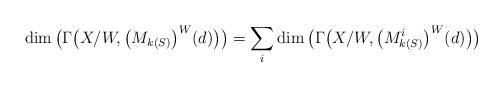
LaTeX: \begin{gather*} \dim\big(\Gamma\big(X/W,\big(M_{k(S)}\big)^W(d)\big)\big) = \sum_i \dim\big(\Gamma\big(X/W,\big(M^i_{k(S)}\big)^W(d)\big)\big) \end{gather*}